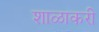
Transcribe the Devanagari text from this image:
शाळाकरी